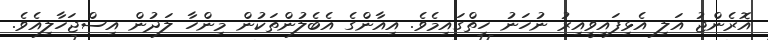
އޮރެންޖު އަލި އެޅިފައިވީއިރު ނުހަނު ހިތްގައިމެވެ. އިއާންގެ އެބެލުންތަކުން މިންހާ ލަދުން އިސްޖަހާލިއެވެ.